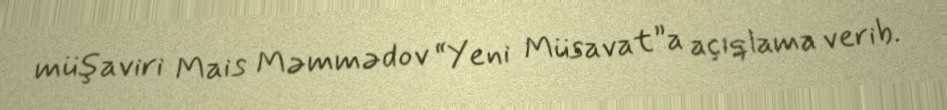
müşaviri Mais Məmmədov “Yeni Müsavat”a açıqlama verib.